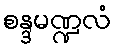
စန္ဒမဏ္ဍလံ